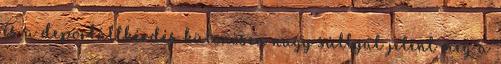
és a deportáltkérdés különösen nagy súllyal jelent meg a